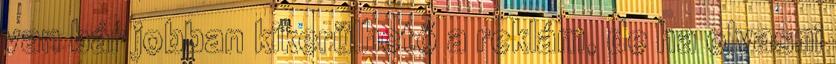
van bár jobban kikerülhető a reklám, de ha olvasni